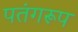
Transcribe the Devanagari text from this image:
पतंगरूप